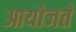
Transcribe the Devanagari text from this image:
आयोजते